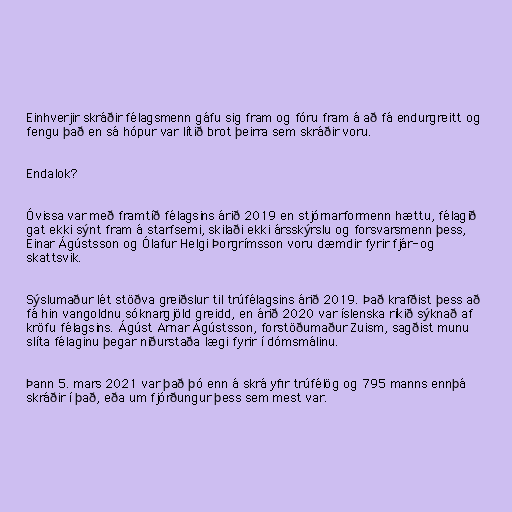
Einhverjir skráðir félagsmenn gáfu sig fram og fóru fram á að fá endurgreitt og
fengu það en sá hópur var lítið brot þeirra sem skráðir voru.

Endalok?

Óvissa var með framtíð félagsins árið 2019 en stjórnarformenn hættu, félagið
gat ekki sýnt fram á starfsemi, skilaði ekki ársskýrslu og forsvarsmenn þess,
Einar Ágústsson og Ólafur Helgi Þorgrímsson voru dæmdir fyrir fjár- og
skattsvik.

Sýslumaður lét stöðva greiðslur til trúfélagsins árið 2019. Það krafðist þess að
fá hin vangoldnu sóknargjöld greidd, en árið 2020 var íslenska ríkið sýknað af
kröfu félagsins. Ágúst Arnar Ágústsson, forstöðumaður Zuism, sagðist munu
slíta félaginu þegar niðurstaða lægi fyrir í dómsmálinu.

Þann 5. mars 2021 var það þó enn á skrá yfir trúfélög og 795 manns ennþá
skráðir í það, eða um fjórðungur þess sem mest var.